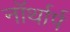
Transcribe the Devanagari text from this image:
नॉर्थार्प